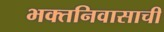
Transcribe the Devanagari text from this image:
भक्तनिवासाची